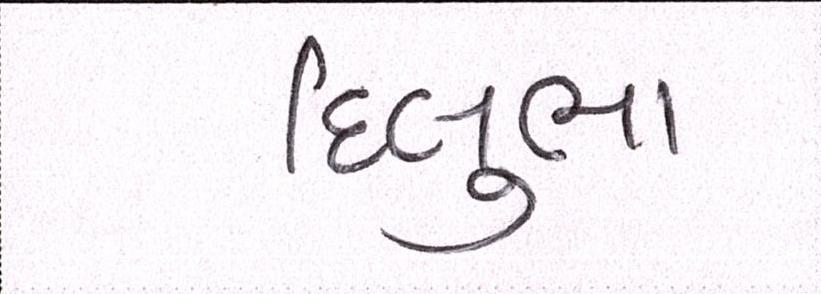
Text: દિલુભા